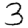
Digit: 3